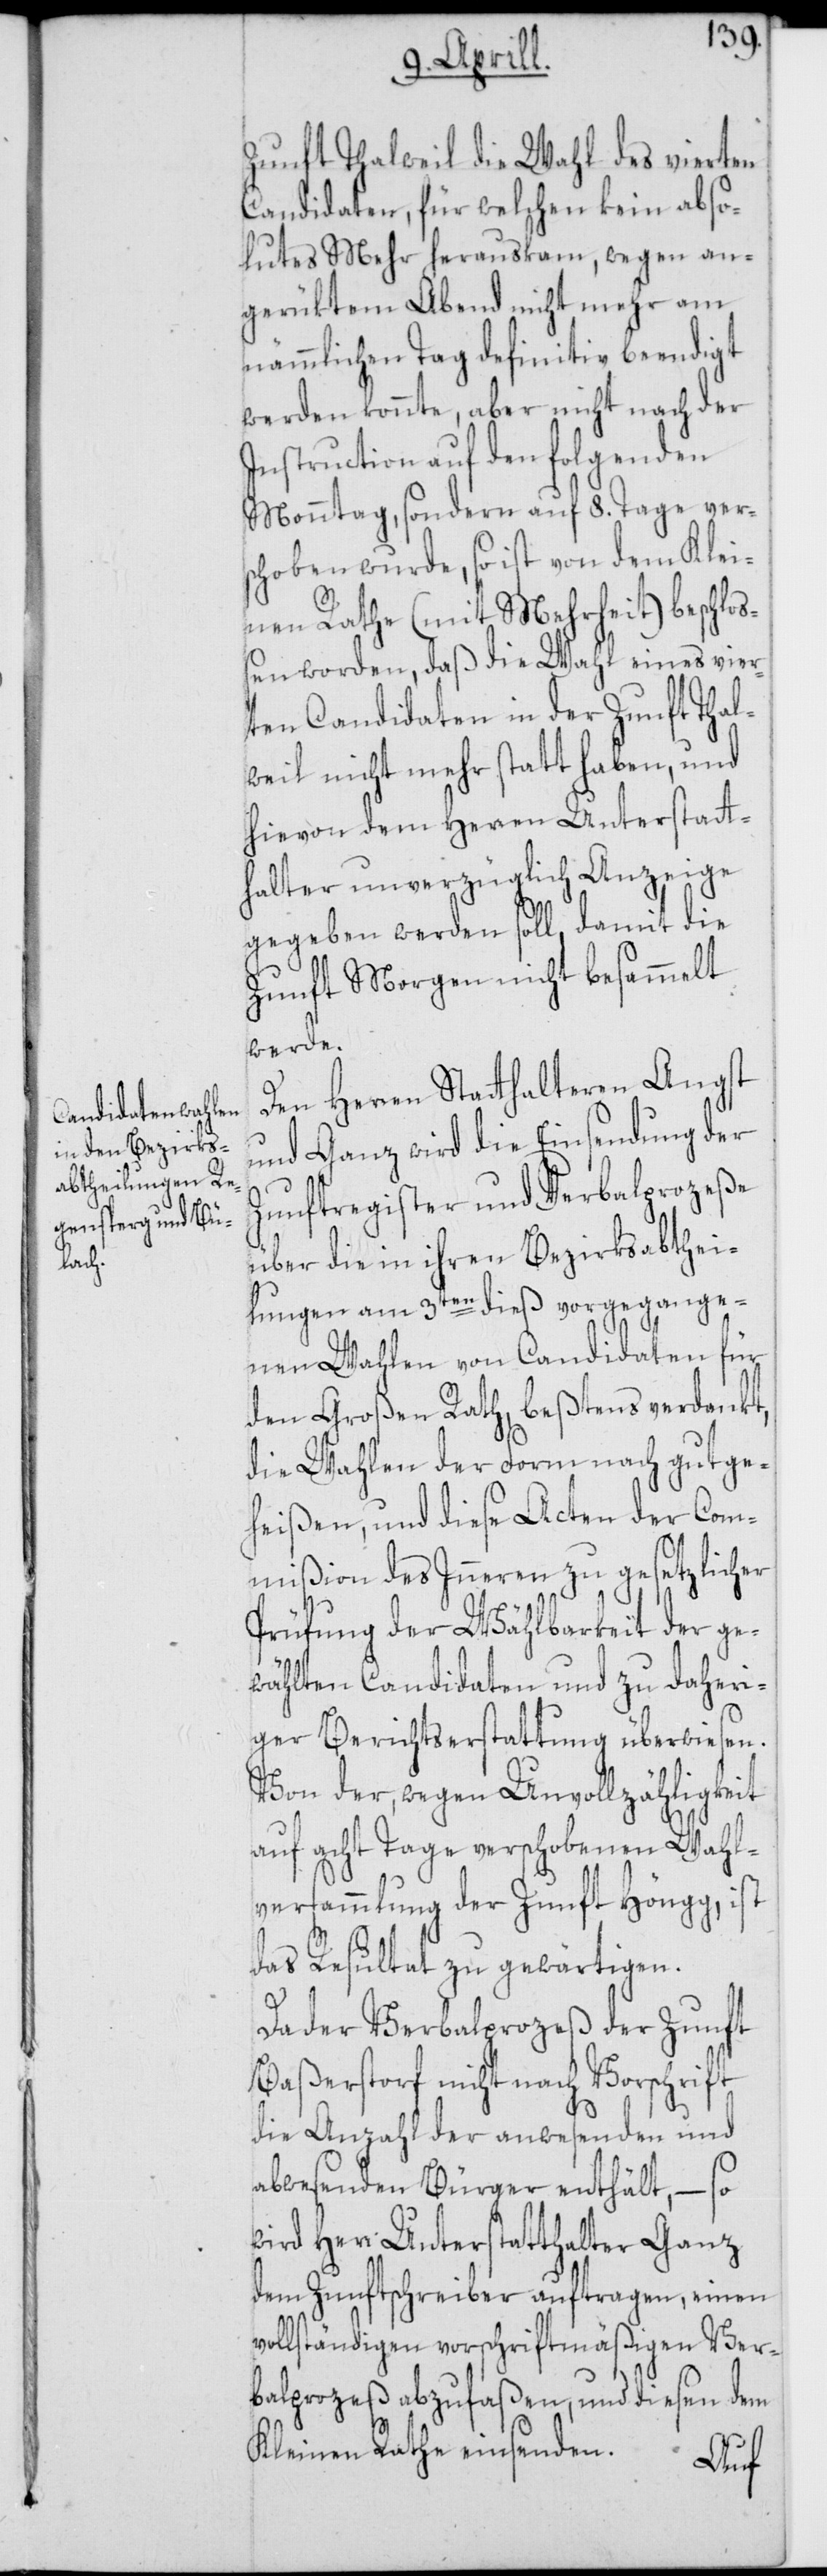
Zunft Thalweil die Wahl des vierten
Candidaten, für welchen kein abso¬
lutes Mehr herauskam, wegen an¬
gerüktem Abend nicht mehr am
nämmlichen Tag definitiv beendigt
werden konnte, aber nicht nach der
Instruction auf den folgenden
Monntag, sondern auf 8. Tage vers¬
choben wurde, so ist von dem Klei¬
nen Rathe (mit Mehrheit) beschloß¬
en worden, daß die Wahl eines vier¬
ten Candidaten in der Zunft Thal¬
weil nicht mehr statt haben, und
hievon dem Herren Unterstatt¬
halter unverzüglich Anzeige
gegeben werden soll, damit die
Zunft Morgen nicht besammelt
werde.
Den Herren Statthalteren Angst
und Ganz wird die Einsendung der
Zunftregister und Verbalprozeße
über die in ihren Bezirksabthei¬
lungen am 3ten dieß vorgegange¬
nen Wahlen von Candidaten für
den großen Rath, beßtens verdankt,
die Wahlen der Form nach gutge¬
heißen, und diese Acten der Com¬
mißion des Inneren zu gesetzlicher
Prüfung der Wählbarkeit der ge¬
wählten Candidaten und zu daheri¬
ger Berichtserstattung überwiesen.
Von der, wegen Unvollzähligkeit
auf acht Tage verschobenen Wahl¬
versammlung der Zunft Höngg, ist
das Resultat zu gewärtigen.
Da der Verbalprozeß der Zunft
Baßerstorf nicht nach Vorschrift
die Anzahl der anwesenden und
abwesenden Bürger enthält, – so
wird Herr Unterstatthalter Ganz
dem Zunftschreiber auftragen, einen
vollständigen vorschriftsmäßigen Ver¬
balprozeß abzufaßen, und diesen dem
Kleinen Rathe einsenden.